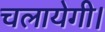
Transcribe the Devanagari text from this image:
चलायेगी।